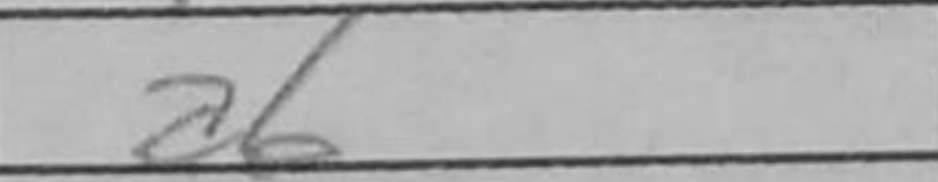
Transcription: a6